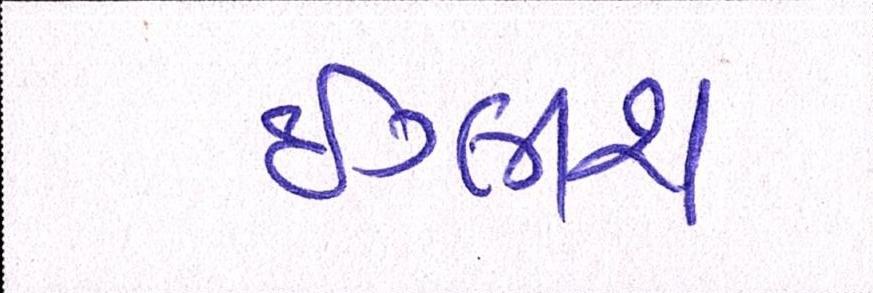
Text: ઇંગ્લીશ